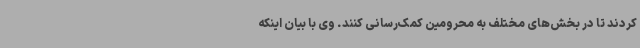
کردند تا در بخش‌های مختلف به محرومین کمک‌رسانی کنند. وی با بیان اینکه